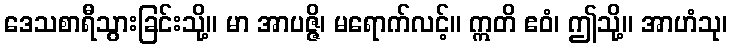
ဒေသစာရီသွားခြင်းသို့။ မာ အာပဇ္ဇိ၊ မရောက်လင့်။ ဣတိ ဧဝံ၊ ဤသို့။ အာဟံသု၊